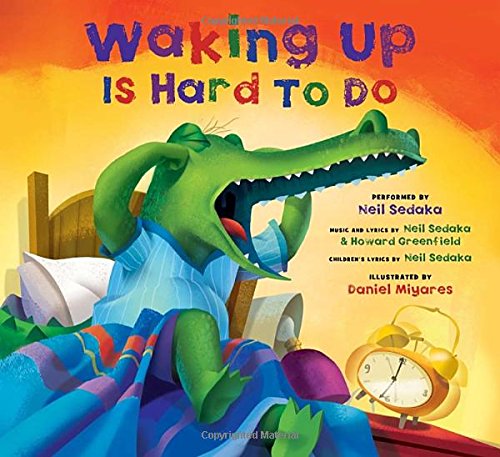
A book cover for Waking Up Is Hard to Do (Book & CD); Neil Sedaka; Children's Books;